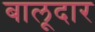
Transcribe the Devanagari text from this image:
बालूदार